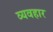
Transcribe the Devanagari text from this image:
व्यवहार